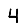
Digit: 4